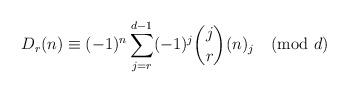
LaTeX: \begin{align*}D_r(n)\equiv (-1)^n\sum_{j=r}^{d-1} (-1)^j {j\choose r}(n)_j\pmod{d}\end{align*}